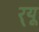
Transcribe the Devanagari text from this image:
र्‌यू